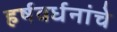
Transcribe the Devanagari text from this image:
हर्षवर्धनांचे